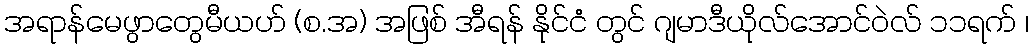
အရာန်မေဖွာတွေမီယဟ် (စ.အ) အဖြစ် အီရန် နိုင်ငံ တွင် ဂျမာဒီယိုလ်အောင်ဝဲလ် ၁၁ရက် ၊